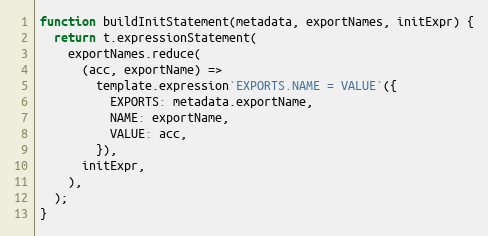
Language: JavaScript
function buildInitStatement(metadata, exportNames, initExpr) {
  return t.expressionStatement(
    exportNames.reduce(
      (acc, exportName) =>
        template.expression`EXPORTS.NAME = VALUE`({
          EXPORTS: metadata.exportName,
          NAME: exportName,
          VALUE: acc,
        }),
      initExpr,
    ),
  );
}